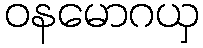
ဝနမောဂယှ